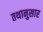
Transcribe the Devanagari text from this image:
तथानुसार